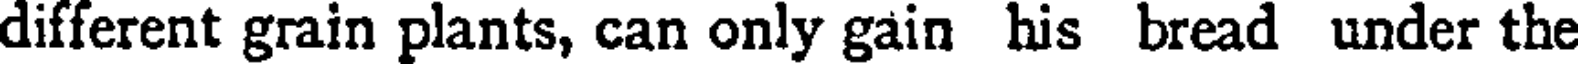
different grain plants, can only gain his bread under the